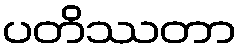
ပတိဿတာ